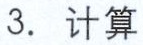
3. 计算